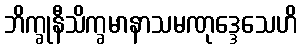
ဘိက္ခုနီသိက္ခမာနာသမဏုဒ္ဒေသေဟိ